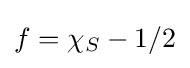
f=\chi _{S}-1/2